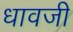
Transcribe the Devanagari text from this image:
धावजी